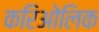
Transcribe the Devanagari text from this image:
करिओलिक